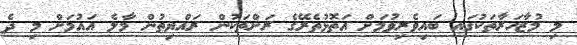
މި މުޒާހަރާތަކުގައ ބައިވެރިވުމަށް އަތޮޅުތެރޭގެ ރަށްތަކުން ރައްޔިތުން މާލެ އައުމަށް މި ދެެ